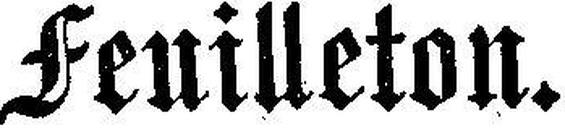
Feuilleton.